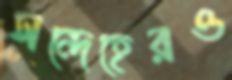
সন্দেহেরও